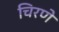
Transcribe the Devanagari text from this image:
चिरणे